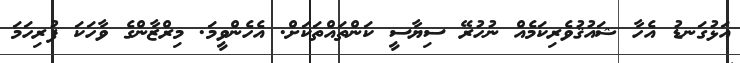
އަޅުގަނޑު އެހާ ޝައުޤުވެރިކަމެއް ނުހުރޭ ސިޔާސީ ކަންތައްތަކަށް. އެހެންވީމަ. މިރްޒާންގެ ވާހަކަ ފުރިހަމަ